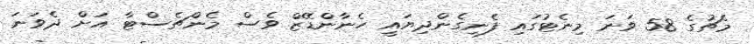
މެޗުގެ 58 ވަނަ މިނެޓުގައި ފެނިގެންދިޔައީ ހެނާންޑޭޒް ވެސް މެންޗެސްޓާ އަށް ދެވަނަ